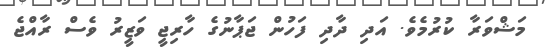
މަޝްވަރާ ކުރުމެވެ. އަދި ދާދި ފަހުން ޖަޕާނުގެ ހާރިޖީ ވަޒީރު ވެސް ރާއްޖެ